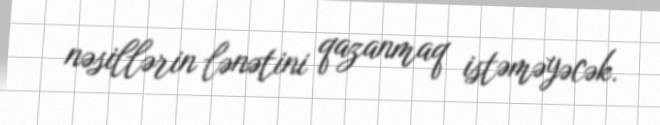
nəsillərin lənətini qazanmaq istəməyəcək.